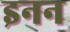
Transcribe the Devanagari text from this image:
इनन